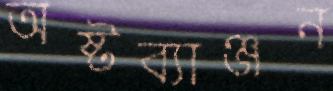
অষ্টব্যাঞ্জন